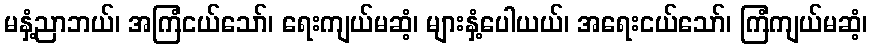
မနှံ့ညာဘယ်၊ အကြံငယ်သော်၊ ရေးကျယ်မဆံ့၊ များနှံ့ပေါယယ်၊ အရေးငယ်သော်၊ ကြံကျယ်မဆံ့၊